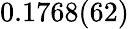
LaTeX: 0.1768(62)